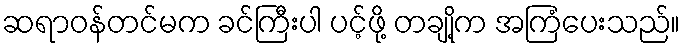
ဆရာဝန်တင်မက ခင်ကြီးပါ ပင့်ဖို့ တချို့က အကြံပေးသည်။